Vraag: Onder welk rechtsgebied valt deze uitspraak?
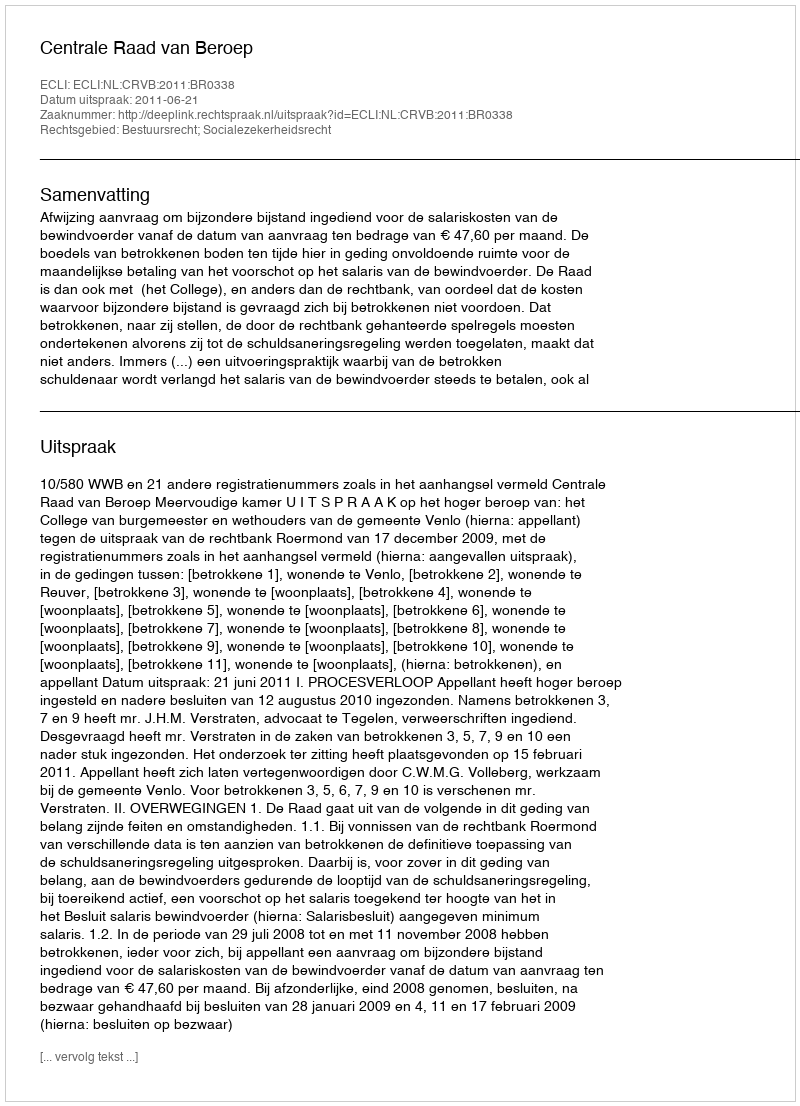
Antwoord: Bestuursrecht; Socialezekerheidsrecht